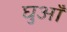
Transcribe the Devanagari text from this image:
घुआँ